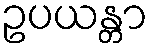
ဥပယန္တာ